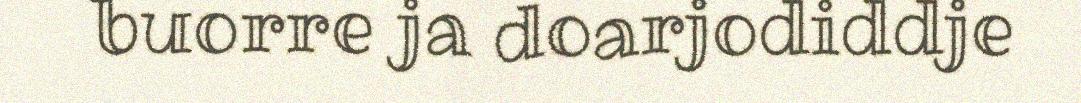
buorre ja doarjodiddje